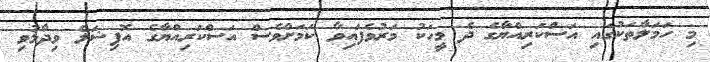
މި ހަމަލާތަކުގައި އަސްކަރިއްޔާގެ ދެ މީހަކު މަރުވެފައިވާ ކަމަށްވެސް އަސްކަރިއްޔާގެ އޮފިޝަލް ވިދާޅުވި